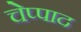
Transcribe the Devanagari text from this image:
चेप्पाद